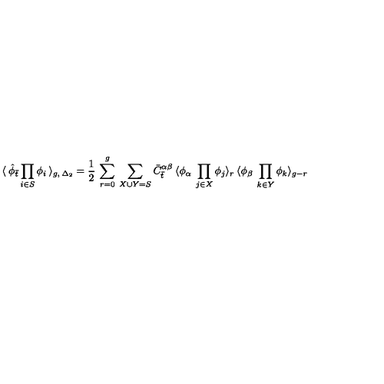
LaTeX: \langle \: { \hat { \phi } } _ { \bar { t } } \prod _ { i \in S } \phi _ { i } \: \rangle _ { g , \: { \Delta _ { 2 } } } = \frac { 1 } { 2 } \: \sum _ { r = 0 } ^ { g } \: \sum _ { X \cup Y = S } { \bar { C } } _ { \bar { t } } ^ { \alpha \beta } \: \langle \phi _ { \alpha } \: \prod _ { j \in X } \phi _ { j } \rangle _ { r } \: \langle \phi _ { \beta } \: \prod _ { k \in Y } \phi _ { k } \rangle _ { g - r } \,